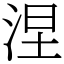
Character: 涅